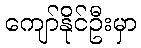
ကျော်နိုင်ဦးမှာ